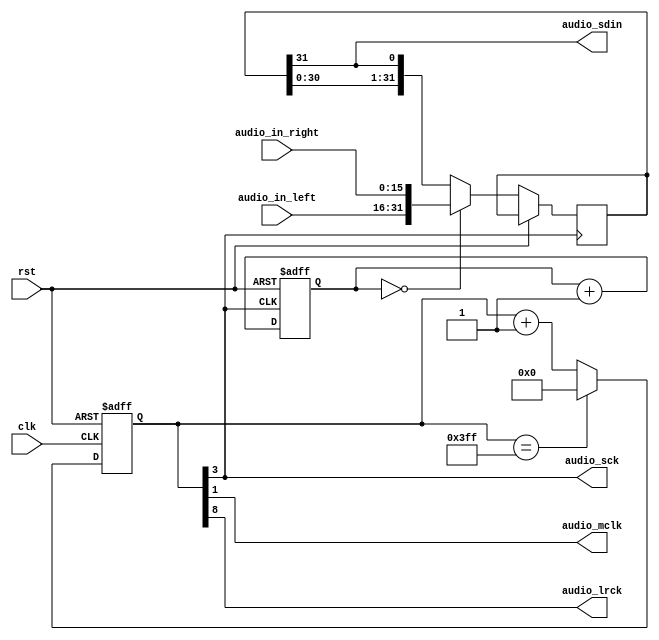
`timescale 1ns / 1ps
//////////////////////////////////////////////////////////////////////////////////
// Company: 
// Engineer: 
// 
// Design Name: 
// Module Name: speaker_control
// Project Name: 
// Target Devices: 
// Tool Versions: 
// Description: 
// 
// Dependencies: 
// 
// Revision:
// Revision 0.01 - File Created
// Additional Comments:
// 
//////////////////////////////////////////////////////////////////////////////////


module speaker_control(clk,rst,audio_mclk,audio_lrck,audio_sck,audio_in_left,audio_in_right,audio_sdin);
input clk,rst;
input [15:0]audio_in_left,audio_in_right;
output audio_sdin;
output audio_mclk,audio_lrck,audio_sck;
reg [9:0]tmp;
reg [31:0]in_tmp;
reg[4:0]count;
assign audio_mclk = tmp[1];
assign audio_lrck = tmp[8];
assign audio_sck = tmp[3];
assign audio_sdin = in_tmp[31];

always@(posedge clk or posedge rst)
if(rst)  tmp<=0;
else if(tmp==10'd1023) tmp<=0;
else tmp<=tmp+10'd1;

always@(posedge tmp[3] or posedge rst)
if(rst) 
begin
    count <= 0;
end
else if(count==0)
begin
    in_tmp <= {audio_in_left,audio_in_right};
    count<=count+5'd1;
end 
else
begin
    in_tmp <= {in_tmp[30:0],in_tmp[31]};
    count<=count+5'd1;
end 

endmodule